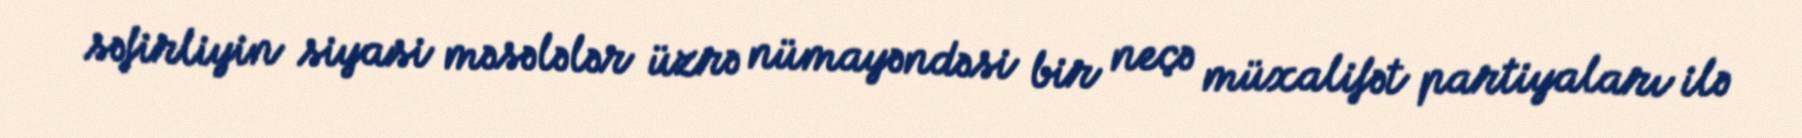
səfirliyin siyasi məsələlər üzrə nümayəndəsi bir neçə müxalifət partiyaları ilə